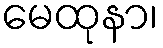
မေထုနာ၊